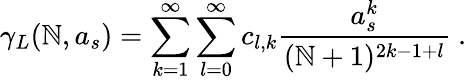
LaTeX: \gamma_{L}(\mathbb{N},a_{s})=\sum_{k=1}^{\infty}\sum_{l=0}^{\infty}c_{l,k}\frac{{a_{s}^{k}}}{{(\mathbb{N}+1)^{2k-1+l}}}~.